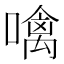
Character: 噙